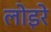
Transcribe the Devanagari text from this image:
लोइरे